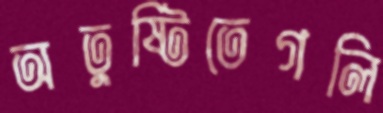
অতুষ্টিতেগলি